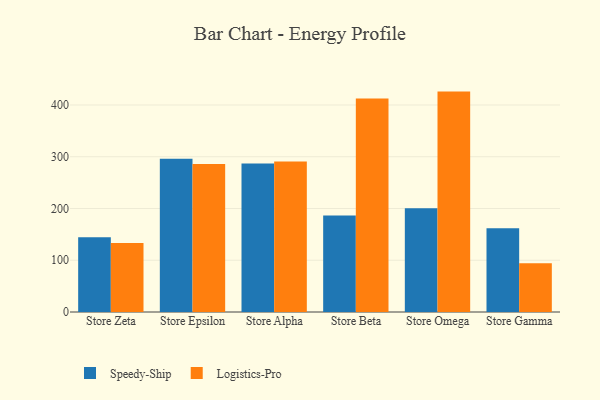
{"axis": {"x": "Store", "y": "Latency (ms)"}, "legend": ["Logistics-Pro", "Speedy-Ship"], "data": [{"x": "Store Zeta", "y": 144.4, "type": "Speedy-Ship"}, {"x": "Store Zeta", "y": 133.1, "type": "Logistics-Pro"}, {"x": "Store Epsilon", "y": 296.2, "type": "Speedy-Ship"}, {"x": "Store Epsilon", "y": 285.8, "type": "Logistics-Pro"}, {"x": "Store Alpha", "y": 286.9, "type": "Speedy-Ship"}, {"x": "Store Alpha", "y": 291.0, "type": "Logistics-Pro"}, {"x": "Store Beta", "y": 186.4, "type": "Speedy-Ship"}, {"x": "Store Beta", "y": 412.4, "type": "Logistics-Pro"}, {"x": "Store Omega", "y": 200.5, "type": "Speedy-Ship"}, {"x": "Store Omega", "y": 425.9, "type": "Logistics-Pro"}, {"x": "Store Gamma", "y": 161.8, "type": "Speedy-Ship"}, {"x": "Store Gamma", "y": 94.4, "type": "Logistics-Pro"}]}